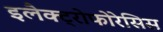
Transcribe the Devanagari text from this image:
इलैक्ट्रोफोरेसिस